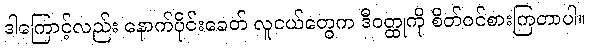
ဒါကြောင့်လည်း နောက်ပိုင်းခေတ် လူငယ်တွေက ဒီဝတ္ထုကို စိတ်ဝင်စားကြတာပါ။